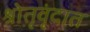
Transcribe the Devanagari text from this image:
श्रोतृवृंदात